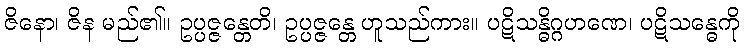
ဇိနော၊ ဇိန မည်၏။ ဥပ္ပဇ္ဇန္တေတိ၊ ဥပ္ပဇ္ဇန္တေ ဟူသည်ကား။ ပဋိသန္ဓိဂ္ဂဟဏေ၊ ပဋိသန္ဓေကို